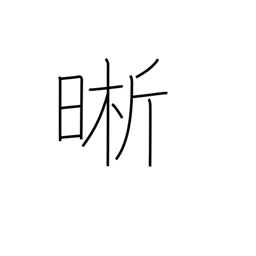
Meaning: clear